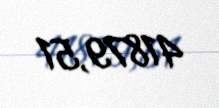
41879,51